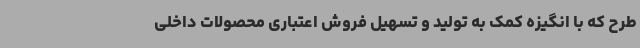
طرح که با انگیزه کمک به تولید و تسهیل فروش اعتباری محصولات داخلی